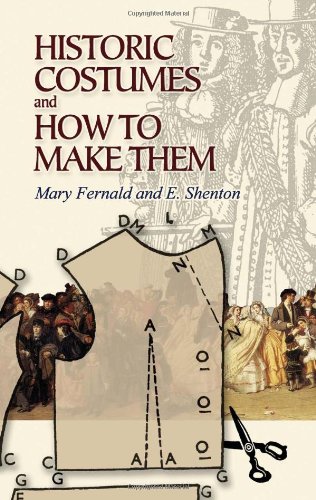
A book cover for Historic Costumes and How to Make Them (Dover Fashion and Costumes); Mary Fernald; Crafts, Hobbies & Home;